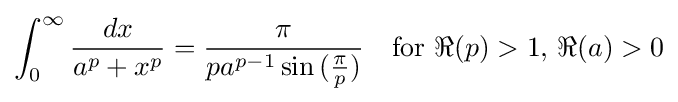
\int _{0}^{\infty }{\frac {dx}{a^{p}+x^{p}}}={\frac {\pi }{pa^{p-1}\sin {({\frac {\pi }{p}}})}}\quad {\text{for }}\Re (p)>1{\text{, }}\Re (a)>0